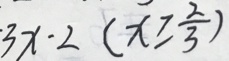
3 x - 2 ( x \geq \frac { 2 } { 3 } )